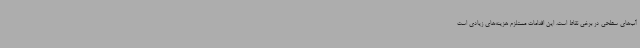
آب‌های سطحی در برخی نقاط است. این اقدامات مستلزم هزینه‌های زیادی است